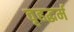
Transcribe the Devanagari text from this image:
वृहद्धर्म